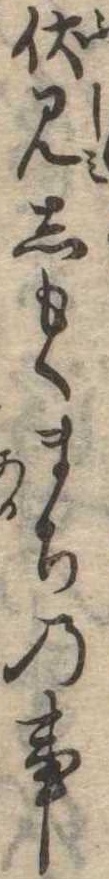
伏見しもくまちの事